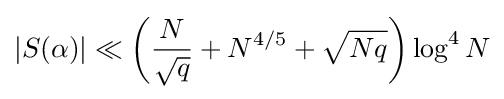
|S(\alpha )|\ll \left({\frac {N}{\sqrt {q}}}+N^{4/5}+{\sqrt {Nq}}\right)\log ^{4}N